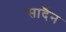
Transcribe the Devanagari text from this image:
सादैंन